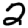
Digit: 2